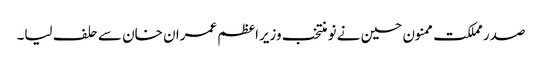
صدر مملکت ممنون حسین نے نو منتخب وزیراعظم عمران خان سے حلف لیا۔